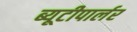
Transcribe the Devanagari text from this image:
ब्यूटीपार्लर